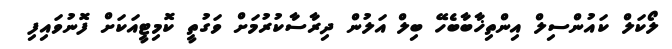
ލޯކަލް ކައުންސިލް އިންތިޚާބާބެހޭ ބިލް އަލުން ދިރާސާކުރުމަށް ވަގުތީ ކޮމިޓީއަކަށް ފޮނުވައިފި